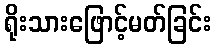
ရိုးသားဖြောင့်မတ်ခြင်း